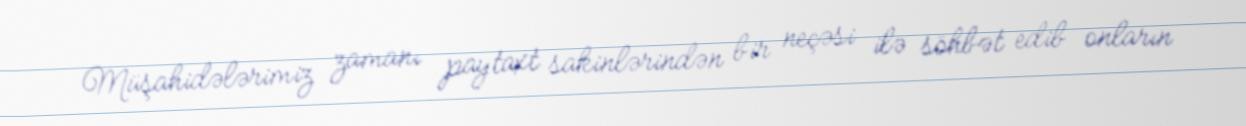
Müşahidələrimiz zamanı paytaxt sakinlərindən bir neçəsi ilə söhbət edib onların